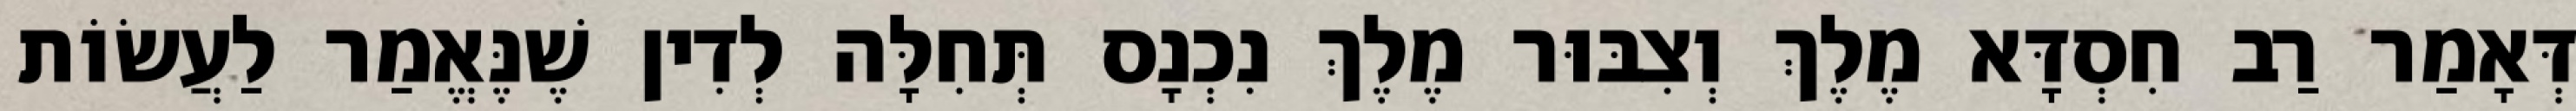
דְּאָמַר רַב חִסְדָּא מֶלֶךְ וְצִבּוּר מֶלֶךְ נִכְנָס תְּחִלָּה לְדִין שֶׁנֶּאֱמַר לַעֲשׂוֹת